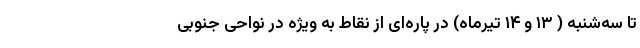
تا سه‌شنبه ( ۱۳ و ۱۴ تیرماه) در پاره‌ای از نقاط به ویژه در نواحی جنوبی